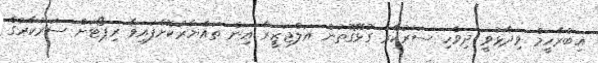
އިބްރާހީމް ވިދާޅުވީ ދިވެހި ސަރުކާރާ ގުޅޭގޮތުން އަލްޖަޒީރާ އިން ތައްޔާރުކޮށްފައިވާ ރިޕޯޓަށް ސަރުކާރުގެ